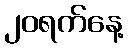
၂၀ရက်နေ့